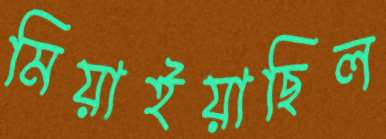
মিয়াইয়াছিল